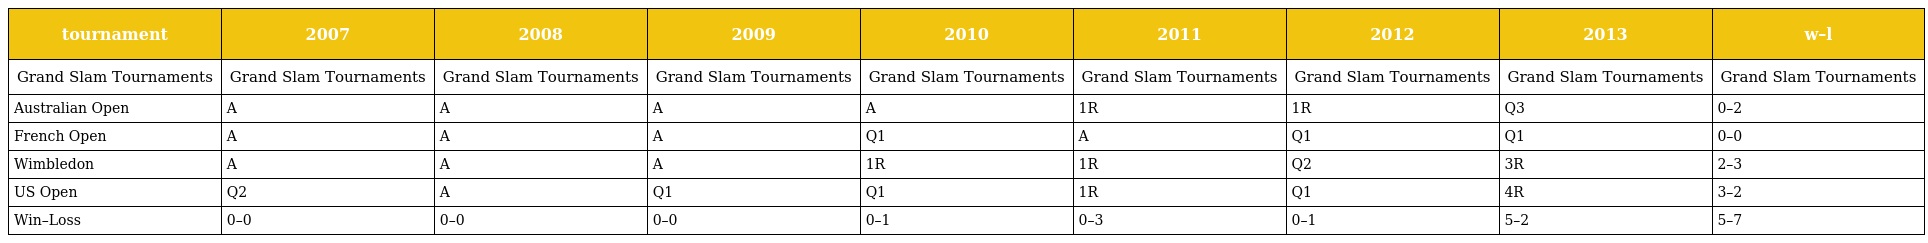
| tournament | 2007 | 2008 | 2009 | 2010 | 2011 | 2012 | 2013 | w–l |
 | --- | --- | --- | --- | --- | --- | --- | --- | --- |
 | Grand Slam Tournaments | Grand Slam Tournaments | Grand Slam Tournaments | Grand Slam Tournaments | Grand Slam Tournaments | Grand Slam Tournaments | Grand Slam Tournaments | Grand Slam Tournaments | Grand Slam Tournaments |
 | Australian Open | A | A | A | A | 1R | 1R | Q3 | 0–2 |
 | French Open | A | A | A | Q1 | A | Q1 | Q1 | 0–0 |
 | Wimbledon | A | A | A | 1R | 1R | Q2 | 3R | 2–3 |
 | US Open | Q2 | A | Q1 | Q1 | 1R | Q1 | 4R | 3–2 |
 | Win–Loss | 0–0 | 0–0 | 0–0 | 0–1 | 0–3 | 0–1 | 5–2 | 5–7 |